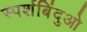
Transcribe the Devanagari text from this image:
स्पर्शबिंदुओ